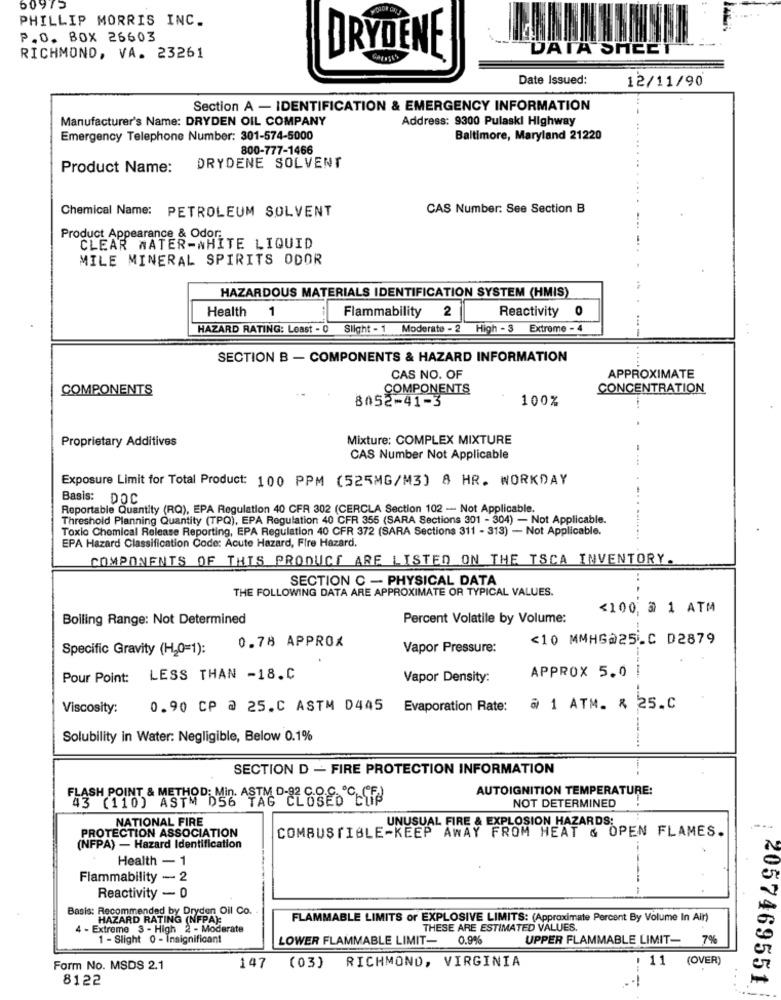
60975
POLON GAU
PHILLIP MORRIS INC.
P.O. BOX 26603
DATA SHEET
RICHMOND, VA. 23261
DRYDENE
Date Issued:
12/11/90
Section A - IDENTIFICATION & EMERGENCY INFORMATION
Manufacturer's Name: DRYDEN OIL COMPANY
Address: 9300 Pulaski Highway
Emergency Telephone Number: 301-574-5000
Baltimore, Maryland 21220
800-777-1466
Product Name:
DRYDENE SOLVENT
Chemical Name: PETROLEUM SOLVENT
CAS Number: See Section B
Product Appearance & Odor:
CLEAR WATER-WHITE LIQUID
MILE MINERAL SPIRITS ODOR
HAZARDOUS MATERIALS IDENTIFICATION SYSTEM (HMIS)
Health
2
Reactivity
0
1
Flammability
HAZARD RATING: Least - 0
Slight - 1
Moderate - 2 High - 3 Extreme - 4
SECTION B - COMPONENTS & HAZARD INFORMATION
....
CAS NO. OF
APPROXIMATE
COMPONENTS
COMPONENTS
CONCENTRATION
8052-41-3
100%
Proprietary Additives
Mixture: COMPLEX MIXTURE
CAS Number Not Applicable
Exposure Limit for Total Product: 100 PPM (525MG/M3) 8 HR. WORKDAY
Basis: DOC
Reportable Quantity (RQ), EPA Regulation 40 CFR 302 (CERCLA Section 102 - Not Applicable.
Threshold Planning Quantity (TPQ), EPA Regulation 40 CFR 355 (SARA Sections 301 - 304) - Not Applicable.
Toxic Chemical Release Reporting, EPA Regulation 40 CFR 372 (SARA Sections 311 - 313) - Not Applicable.
EPA Hazard Classification Code: Acute Hazard, Fire Hazard.
COMPONENTS OF THIS PRODUCT ARE LISTED ON THE TSCA INVENTORY.
SECTION C - PHYSICAL DATA
THE FOLLOWING DATA ARE APPROXIMATE OR TYPICAL VALUES.
<100. @ 1 ATM
Bolling Range: Not Determined
Percent Volatile by Volume:
<10 MMHG@25.C D2879
Specific Gravity (H20=1):
0.78 APPROX
Vapor Pressure:
Pour Point: LESS THAN -18.C
Vapor Density:
APPROX 5.0
----
Viscosity:
0.90 CP @ 25.C ASTM D445
Evaporation Rate:
@ 1 ATM. & 25.C
Solubility in Water: Negligible, Below 0.1%
SECTION D - FIRE PROTECTION INFORMATION
AUTOIGNITION TEMPERATURE:
FLASH POINT & METHOD: Min. ASTM D-92 8826 CLIP
NOT DETERMINED
NATIONAL FIRE
UNUSUAL FIRE & EXPLOSION HAZARDS:
COMBUSTIBLE-KEEP AWAY FROM MEAT & OPEN FLAMES.
PROTECTION ASSOCIATION
(NFPA) - Hazard Identification
Health - 1
Flammability - 2
Reactivity - 0
Basis: Recommended by Dryden Oil Co.
HAZARD RATING (NFPA):
FLAMMABLE LIMITS or EXPLOSIVE LIMITS: (Approximate Percent By Volume In All)
4 - Extreme 3 - High 2 - Moderate
THESE ARE ESTIMATED VALUES.
1 - Slight 0 - Insignificant
LOWER FLAMMABLE LIMIT-
0.9%
UPPER FLAMMABLE LIMIT- 7%
. 11
(OVER
Form No. MSDS 2.1
147
(03) RICHMOND, VIRGINIA
8122
2057469551